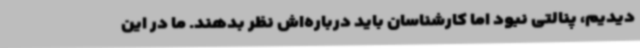
دیدیم، پنالتی نبود اما کارشناسان باید درباره‌اش نظر بدهند. ما در این